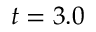
t = 3 . 0